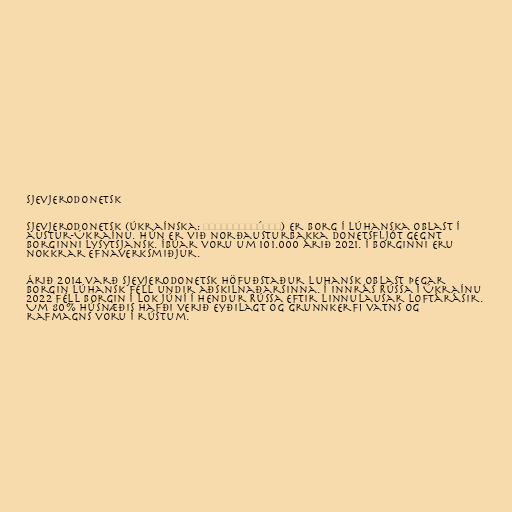
Sjevjerodonetsk

Sjevjerodonetsk (úkraínska: Сєвєродоне́цьк) er borg í Lúhanska Oblast í
austur-Úkraínu. Hún er við norðausturbakka Donetsfljót gegnt
borginni Lysytsjansk. Íbúar voru um 101.000 árið 2021. Í borginni eru
nokkrar efnaverksmiðjur.

Árið 2014 varð Sjevjerodonetsk höfuðstaður Luhansk oblast þegar
borgin Lúhansk féll undir aðskilnaðarsinna. Í innrás Rússa í Úkraínu
2022 féll borgin í lok júní í hendur Rússa eftir linnulausar loftárásir.
Um 80% húsnæðis hafði verið eyðilagt og grunnkerfi vatns og
rafmagns voru í rústum.